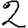
Digit: 2